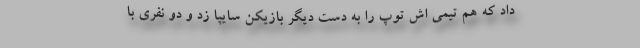
داد که هم تیمی اش توپ را به دست دیگر بازیکن سایپا زد و دو نفری با